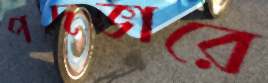
পদভারে